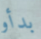
بدأو